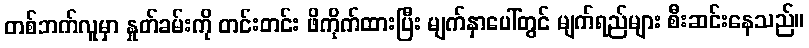
တစ်ဘက်လူမှာ နှုတ်ခမ်းကို တင်းတင်း ဖိကိုက်ထားပြီး မျက်နှာပေါ်တွင် မျက်ရည်များ စီးဆင်းနေသည်။